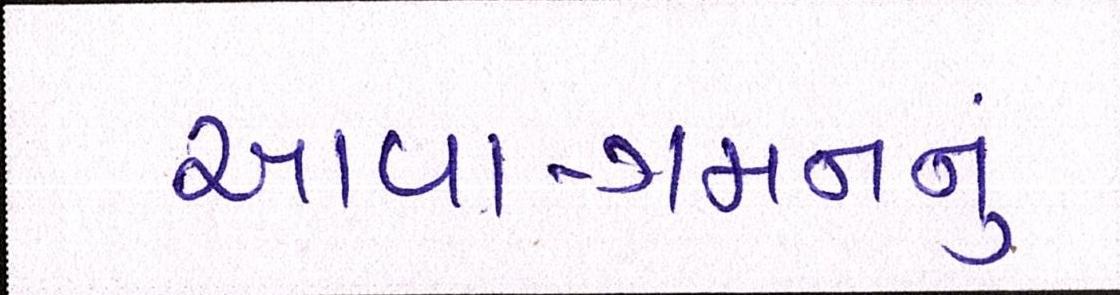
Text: આવા-ગમનનું